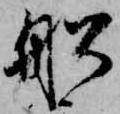
船